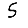
Digit: 5